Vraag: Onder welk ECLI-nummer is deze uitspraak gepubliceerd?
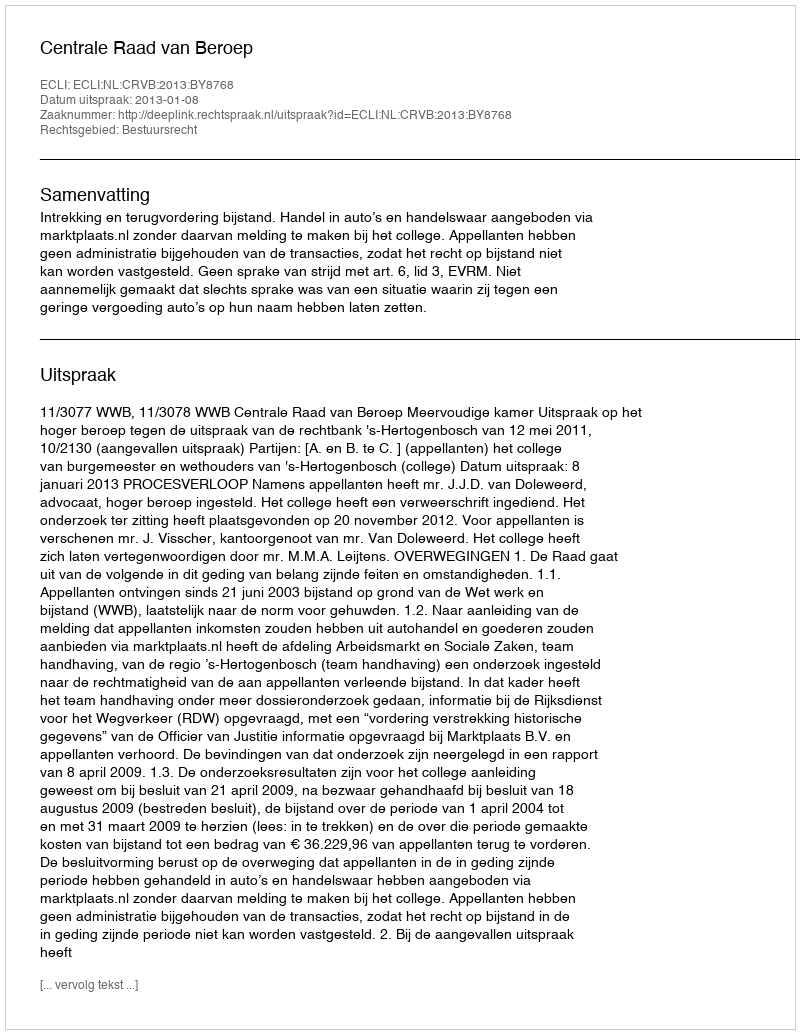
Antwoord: ECLI:NL:CRVB:2013:BY8768